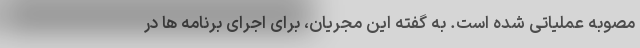
مصوبه عملیاتی شده است. به گفته این مجریان، برای اجرای برنامه ها در